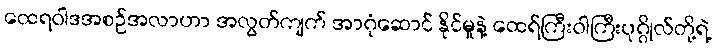
ထေရဝါဒအစဉ်အလာဟာ အလွတ်ကျက် အာဂုံဆောင် နိုင်မှုနဲ့ ထေရ်ကြီးဝါကြီးပုဂ္ဂိုလ်တို့ရဲ့